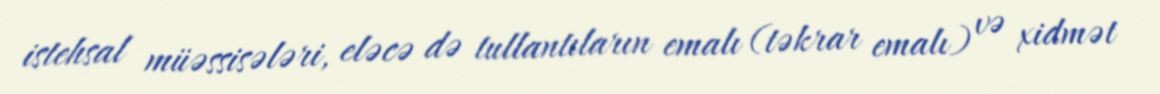
istehsal müəssisələri, eləcə də tullantıların emalı (təkrar emalı) və xidmət